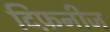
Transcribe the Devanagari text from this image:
टिफ़नीज